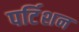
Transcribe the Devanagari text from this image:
पर्टिशन